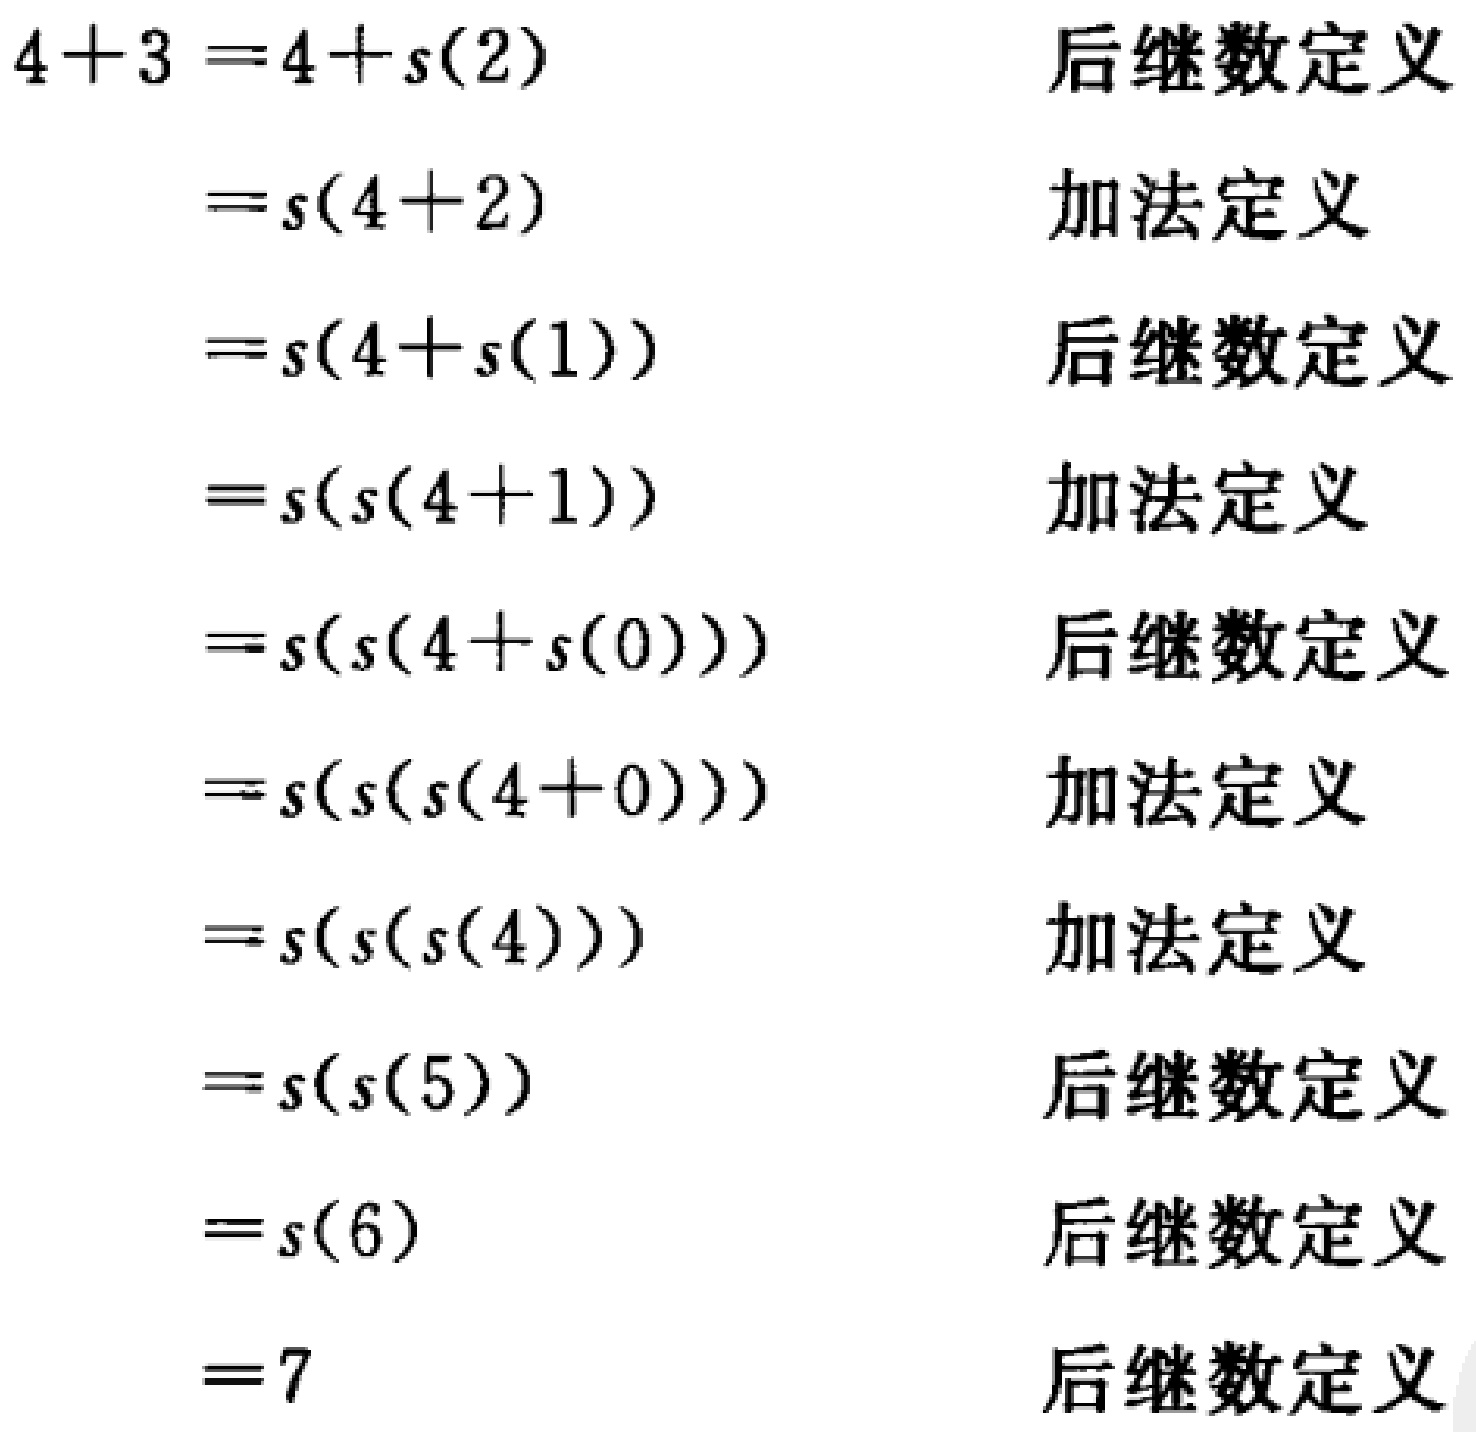
\begin{align*}
4 + 3 &= 4 + s(2) & \text{后继数定义}\\
&= s(4 + 2) & \text{加法定 义}\\
&= s(4 + s(1)) & \text{后继数定义}\\
&= s(s(4 + 1)) & \text{加法定 义}\\
&= s(s(4 + s(0))) & \text{后继数定义}\\
&= s(s(s(4 + 0))) & \text{加法定 义}\\
&= s(s(s(4))) & \text{加法定 义}\\
&= s(s(5)) & \text{后继数定义}\\
&= s(6) & \text{后继数定义}\\
&= 7 & \text{后继数定义}
\end{align*}